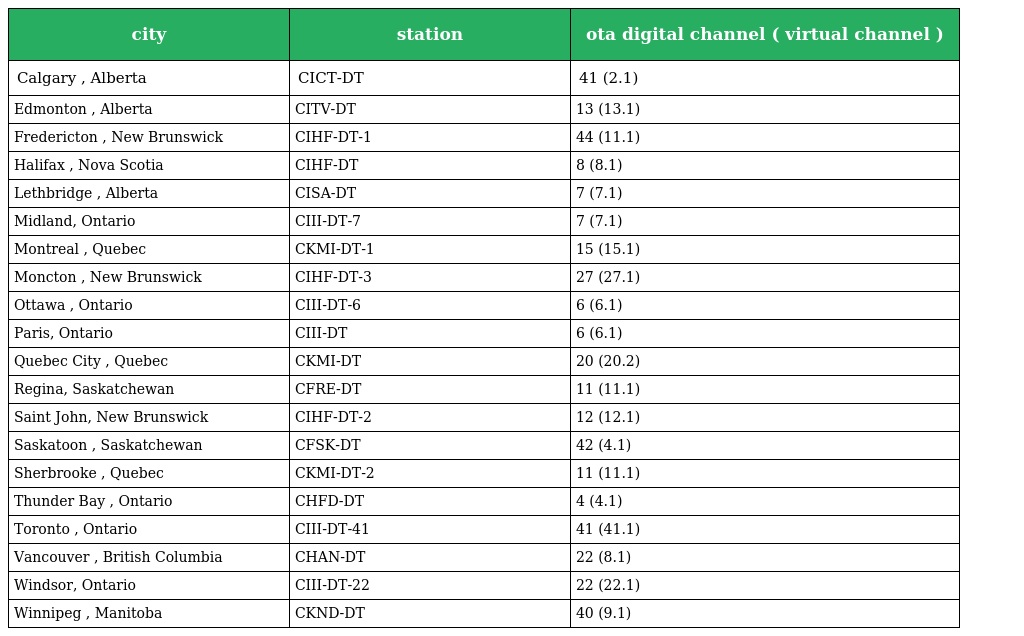
| city | station | ota digital channel ( virtual channel ) |
 | --- | --- | --- |
 | Calgary , Alberta | CICT-DT | 41 (2.1) |
 | Edmonton , Alberta | CITV-DT | 13 (13.1) |
 | Fredericton , New Brunswick | CIHF-DT-1 | 44 (11.1) |
 | Halifax , Nova Scotia | CIHF-DT | 8 (8.1) |
 | Lethbridge , Alberta | CISA-DT | 7 (7.1) |
 | Midland, Ontario | CIII-DT-7 | 7 (7.1) |
 | Montreal , Quebec | CKMI-DT-1 | 15 (15.1) |
 | Moncton , New Brunswick | CIHF-DT-3 | 27 (27.1) |
 | Ottawa , Ontario | CIII-DT-6 | 6 (6.1) |
 | Paris, Ontario | CIII-DT | 6 (6.1) |
 | Quebec City , Quebec | CKMI-DT | 20 (20.2) |
 | Regina, Saskatchewan | CFRE-DT | 11 (11.1) |
 | Saint John, New Brunswick | CIHF-DT-2 | 12 (12.1) |
 | Saskatoon , Saskatchewan | CFSK-DT | 42 (4.1) |
 | Sherbrooke , Quebec | CKMI-DT-2 | 11 (11.1) |
 | Thunder Bay , Ontario | CHFD-DT | 4 (4.1) |
 | Toronto , Ontario | CIII-DT-41 | 41 (41.1) |
 | Vancouver , British Columbia | CHAN-DT | 22 (8.1) |
 | Windsor, Ontario | CIII-DT-22 | 22 (22.1) |
 | Winnipeg , Manitoba | CKND-DT | 40 (9.1) |